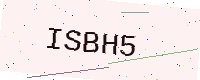
Text: ISBH5